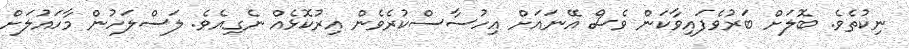
ނިކުތެވެ. ބޮލަށް ބަރުވެފައިވާކަން ވެސް އޭނައަށް އިހުސާސްކުރެވެން އިރުކޮޅެއް ނެގިއެވެ. ލަސްލަހުން މާހައުލަށް